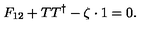
F _ { 1 2 } + T T ^ { \dagger } - \zeta \cdot 1 = 0 .